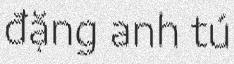
đặng anh tú